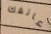
عاتقك